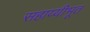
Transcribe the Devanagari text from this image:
सहाय्यीभूत